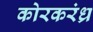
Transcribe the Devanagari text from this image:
कोरकरंध्र